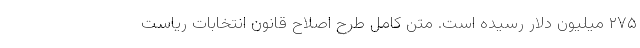
۲۷۵ میلیون دلار رسیده است. متن کامل طرح اصلاح قانون انتخابات ریاست